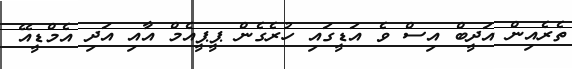
ތެރެއިން އަދީބް އިސް ވެ އަޑީގައި ހުރެގެން ޕީޕީއެމް އާއި އަދި އެމްޑީއޭ